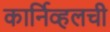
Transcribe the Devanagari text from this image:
कार्निव्हलची